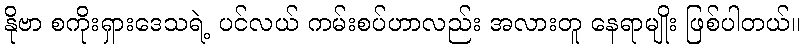
နိုဗာ စကိုးရှားဒေသရဲ့ ပင်လယ် ကမ်းစပ်ဟာလည်း အလားတူ နေရာမျိုး ဖြစ်ပါတယ်။